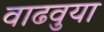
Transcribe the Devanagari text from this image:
वाढवुया